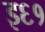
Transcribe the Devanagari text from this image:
इ६१